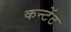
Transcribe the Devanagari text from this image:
कन्टेंट